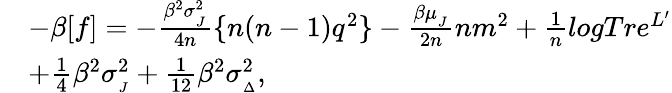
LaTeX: \begin{array}{rl}&{-\beta[f]=-\frac{\beta^{2}\sigma_{_{J}}^{2}}{4n}\{ n(n-1)q^{2}\} -\frac{\beta\mu_{_{J}}}{2n}nm^{2}+\frac{1}{n}logTre^{L^{\prime}}}\\ &{+\frac{1}{4}\beta^{2}\sigma_{_{J}}^{2}+\frac{1}{12}\beta^{2}\sigma_{_{\Delta}}^{2},}\end{array}